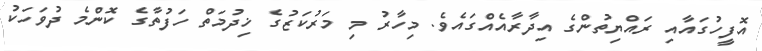
އޮފީހުގައާއި ރައްޔިތުންގެ އިދާރާއެއްގައެވެ. މިހާރު މި މަރުކަޒުގެ ޚިދުމަތް ހަފުތާގެ ކޮންމެ ދުވަހަކު